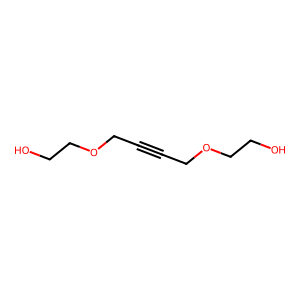
SMILES: OCCOCC#CCOCCO
Inhibits HIV replication: No